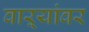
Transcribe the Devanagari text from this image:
वाऱ्यांवर